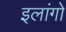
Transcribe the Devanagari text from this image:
इलांगो